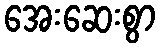
အေးဆေးစွာ